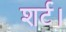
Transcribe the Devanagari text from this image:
शर्ट।